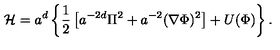
{ \cal H } = a ^ { d } \left\{ \frac { 1 } { 2 } \left[ a ^ { - 2 d } \Pi ^ { 2 } + a ^ { - 2 } ( { \bf \nabla } \Phi ) ^ { 2 } \right] + U ( \Phi ) \right\} .